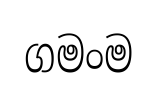
ගමංම